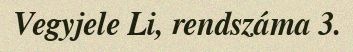
Vegyjele Li, rendszáma 3.